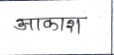
मजकूर: आकाश